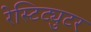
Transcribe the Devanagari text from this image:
रेस्टिट्युटर